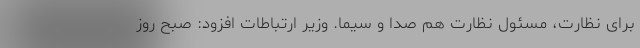
برای نظارت، مسئول نظارت هم صدا و سیما. وزیر ارتباطات افزود: صبح روز